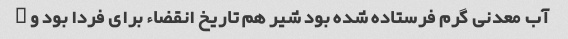
آب معدنی گرم فرستاده شده بود شیر هم تاریخ انقضاء برای فردا بود و …